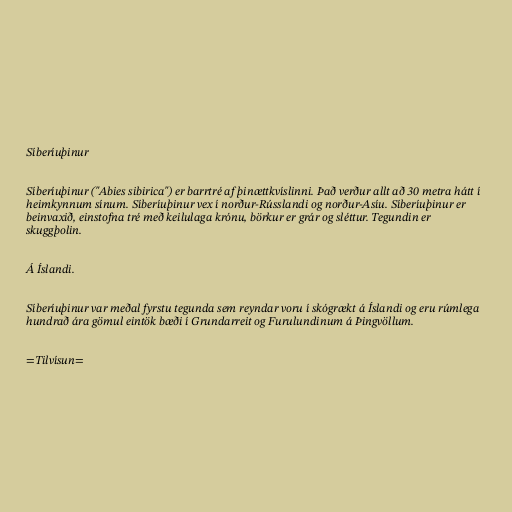
Síberíuþinur

Síberíuþinur ("Abies sibirica") er barrtré af þinættkvíslinni. Það verður allt að 30 metra hátt í
heimkynnum sínum. Síberíuþinur vex í norður-Rússlandi og norður-Asíu. Síberíuþinur er
beinvaxið, einstofna tré með keilulaga krónu, börkur er grár og sléttur. Tegundin er
skuggþolin.

Á Íslandi.

Síberíuþinur var meðal fyrstu tegunda sem reyndar voru í skógrækt á Íslandi og eru rúmlega
hundrað ára gömul eintök bæði í Grundarreit og Furulundinum á Þingvöllum.

=Tilvísun=